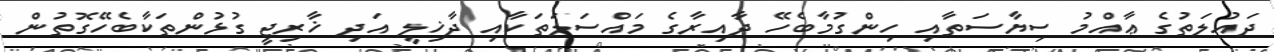
ދައުލަތުގެ ޢާއްމު ސިޔާސަތާއި ހިންގުމާބެހޭ ދާއިރާގެ މައްސަލަތަކާއި ދާޚިލީ އަދި ޚާރިޖީ ގުޅުންތަކާބެހޭގޮތުން